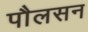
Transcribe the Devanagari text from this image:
पौलसन